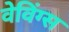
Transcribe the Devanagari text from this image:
वेविंग्स